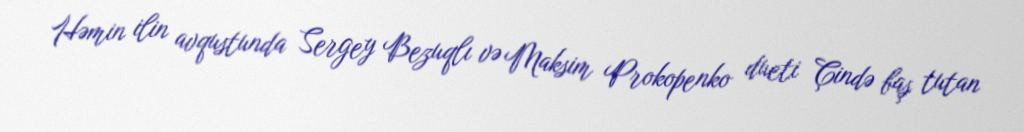
Həmin ilin avqustunda Sergey Bezuqlı və Maksim Prokopenko dueti Çində baş tutan